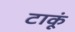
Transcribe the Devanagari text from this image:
टाकूं